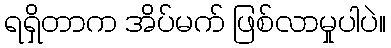
ရရှိတာက အိပ်မက် ဖြစ်လာမှုပါပဲ။